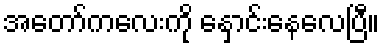
အတော်ကလေးကို နှောင်းနေလေပြီ။